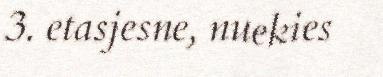
3. etasjesne, nuekies